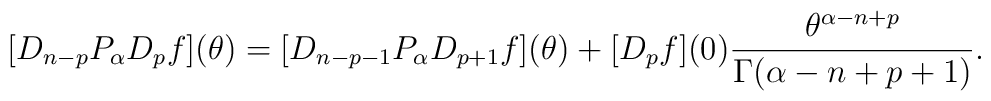
[D_{n-p} P_{\alpha} D_{p}f](\theta) = [D_{n-p-1}P_{\alpha} D_{p+1}f](\theta) + [D_{p}f](0) \frac{\theta^{\alpha-n +p}}{\Gamma(\alpha-n+p+1)}.